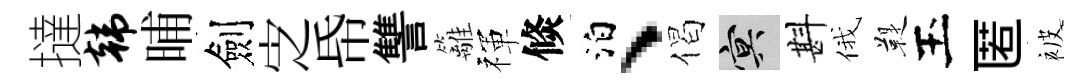
撻韩晡劍㝎帋讐籬禈倐泊、偈冥斟俄鞮玉匿被